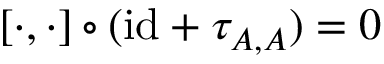
[ \cdot , \cdot ] \circ ( { \operatorname { i d } } + \tau _ { A , A } ) = 0